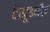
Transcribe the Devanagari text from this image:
टेस्टूडनीज़